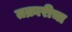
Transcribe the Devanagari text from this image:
तक्रारीचा